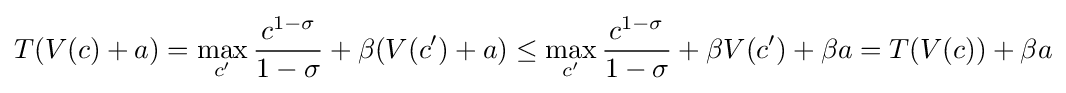
T(V(c)+a)=\max _{c'}{\frac {c^{1-\sigma }}{1-\sigma }}+\beta (V(c')+a)\leq \max _{c'}{\frac {c^{1-\sigma }}{1-\sigma }}+\beta V(c')+\beta a=T(V(c))+\beta a